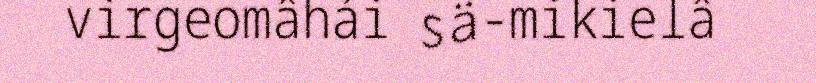
virgeomâhái sä-mikielâ